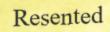
Resented